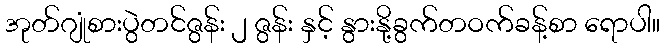
အုတ်ဂျုံစားပွဲတင်ဇွန်း ၂ ဇွန်း နှင့် နွားနို့ခွက်တဝက်ခန့်စာ ရောပါ။